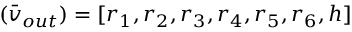
( \bar { v } _ { o u t } ) = [ r _ { 1 } , r _ { 2 } , r _ { 3 } , r _ { 4 } , r _ { 5 } , r _ { 6 } , h ]